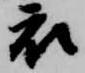
衣